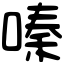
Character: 嗪